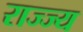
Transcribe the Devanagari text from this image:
राज्ज्य